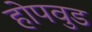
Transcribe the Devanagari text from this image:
होपवुड